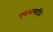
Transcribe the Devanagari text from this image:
एनआयटीजे